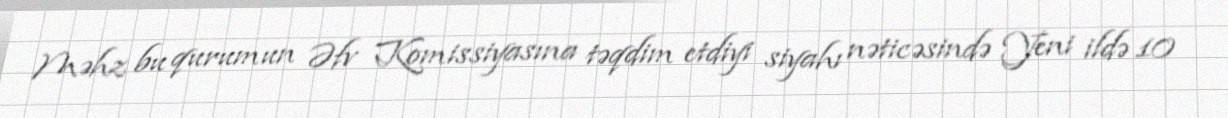
Məhz bu qurumun Əfv Komissiyasına təqdim etdiyi siyahı nəticəsində Yeni ildə 10